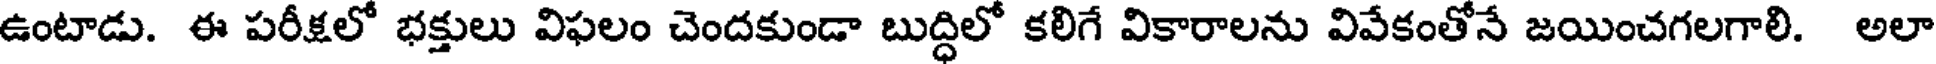
ఉంటాడు. ఈ పరీక్షలో భక్తులు విఫలం చెందకుండా బుద్ధిలో కలిగే వికారాలను వివేకంతోనే జయించగలగాలి. అలా